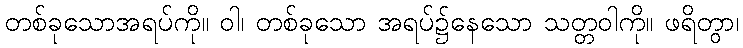
တစ်ခုသောအရပ်ကို။ ဝါ၊ တစ်ခုသော အရပ်၌နေသော သတ္တဝါကို။ ဖရိတွာ၊